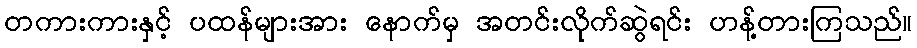
တကားကားနှင့် ပထန်များအား နောက်မှ အတင်းလိုက်ဆွဲရင်း ဟန့်တားကြသည်။